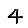
Digit: 4